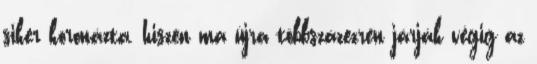
siker koronázta, hiszen ma újra többszázezren járják végig az